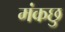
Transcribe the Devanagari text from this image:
मंकछु